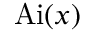
\operatorname { A i } ( x )